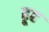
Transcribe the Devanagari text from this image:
ढूह